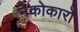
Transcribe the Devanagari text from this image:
नेकोकारो